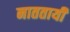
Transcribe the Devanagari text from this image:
नाततायी